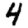
Digit: 4